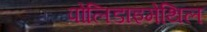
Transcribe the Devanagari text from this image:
पोलिडाइमेथिल